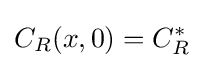
C_{R}(x,0)=C_{R}^{*}